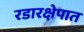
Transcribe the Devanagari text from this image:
रडारक्षेपात